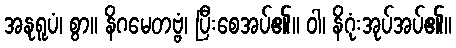
အနုရူပံ၊ စွာ။ နိဂမေတဗ္ဗံ၊ ပြီးစေအပ်၏။ ဝါ၊ နိဂုံးအုပ်အပ်၏။